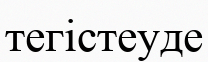
тегістеуде